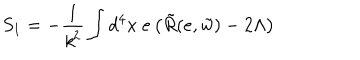
LaTeX: S _ { 1 } = - \frac { 1 } { { \it k } ^ { 2 } } \int d ^ { 4 } x ~ e \left( \tilde { R } ( e , \tilde { w } ) - 2 \Lambda \right)